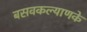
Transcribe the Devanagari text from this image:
बसवकल्याणके